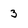
Character: 3